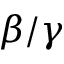
\beta / \gamma